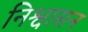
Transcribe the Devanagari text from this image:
निश्वासन